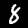
Digit: 8